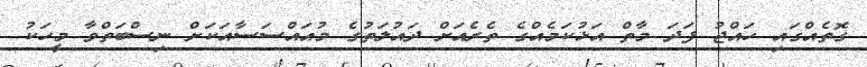
ގޮތެއްގައި ހައްޖު ފަދަ މާތް އަޅުކަމެއްގެ ތެރެއަށް ދައުލަތުގެ މުއައްސަސާއަކަށް ނިސްބަތްވާ މީހަކު